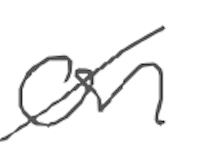
Text: on
Cross-out: diagonal
Writing tool: digital_gray